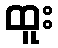
ထူး